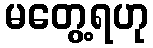
မတွေ့ရဟု